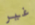
غير